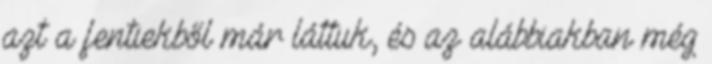
azt a fentiekből már láttuk, és az alábbiakban még